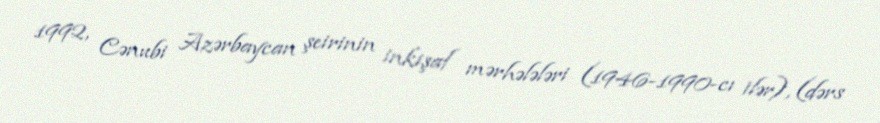
1992, Cənubi Azərbaycan şeirinin inkişaf mərhələləri (1946-1990-cı ilər), (dərs